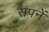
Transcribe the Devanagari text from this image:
सपनें